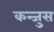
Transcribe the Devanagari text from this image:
कन्जुस